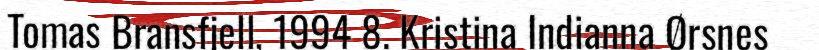
Tomas Bransfjell, 1994 8. Kristina Indianna Ørsnes